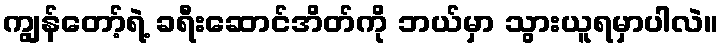
ကျွန်တော့်ရဲ့ ခရီးဆောင်အိတ်ကို ဘယ်မှာ သွားယူရမှာပါလဲ။